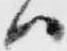
ハ